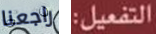
راجعنا التفعيل: